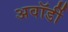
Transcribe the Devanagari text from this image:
अवॉर्डी